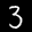
Label: 3